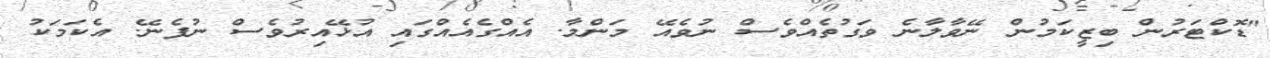
"ޑޮކްޓަރުން ބިޒީކަމުން ނޭވާލާނެ ވަގުތެއްވެސް ނުވެއޭ މަންމާ. އެއްގެއެއްގައި އުޅޭއިރުވެސް ނުފެނޭ. އެކަމަކު